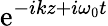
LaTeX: \mathrm{e}^{-ikz+i\omega_{0}t}